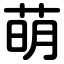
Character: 萌